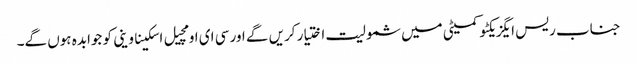
جناب ریس ایگزیکٹو کمیٹی میں شمولیت اختیار کریں گے اور سی ای او مچیل اسکیناوینی کو جوابدہ ہوں گے۔